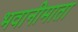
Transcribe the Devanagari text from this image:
भवानीमाता